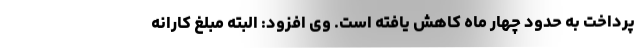
پرداخت به حدود چهار ماه کاهش یافته است. وی افزود: البته مبلغ کارانه